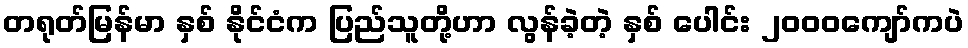
တရုတ်မြန်မာ နှစ် နိုင်ငံက ပြည်သူတို့ဟာ လွန်ခဲ့တဲ့ နှစ် ပေါင်း ၂၀၀၀ကျော်ကပဲ